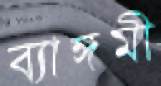
ব্যাঙ্গমী